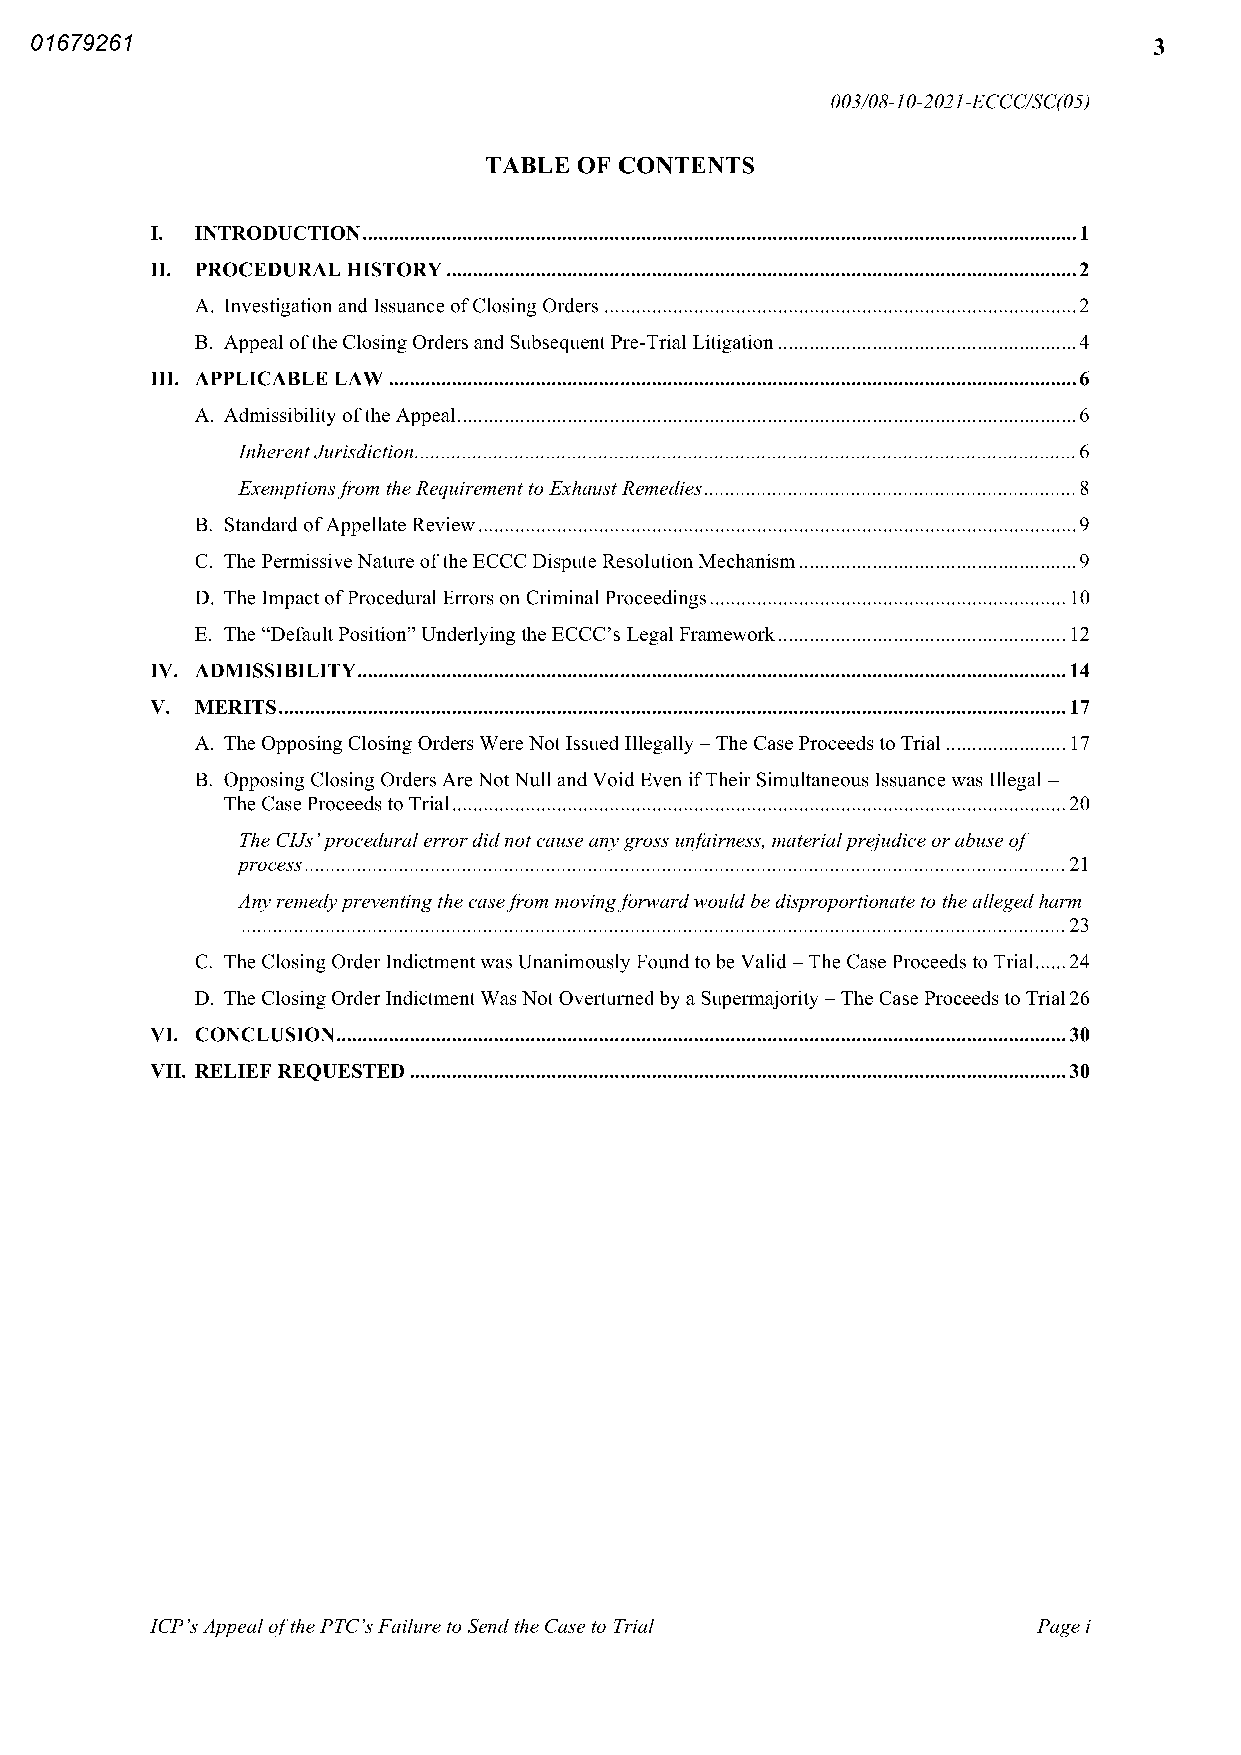
ERN>01679261</ERN>                                                        3
 003 08 10 2021 ECCCSC 05
 TABLE OF CONTENTS
 I  INTRODUCTION                                               1
 II PROCEDURAL HISTORY                                        2
 A Investigationand Issuance ofClosing Orders              2
 B Appeal ofthe ClosingOrders and SubsequentPre Trial Litigation 4
 III APPLICABLE LAW                                           6
 A Admissibility oftheAppeal                               6
 InherentJurisdiction                                   6
 Exemptionsfrom theRequirementtoExhaustRemedies          8
 B Standard ofAppellate Review                             9
 C The PermissiveNature oftheECCC Dispute ResolutionMechanism 9
 D The ImpactofProcedural Errors on Criminal Proceedings   10
 E The “DefaultPosition” Underlying the ECCC’s Legal Framework 12
 IV ADMISSIBILITY                                             14
 V  MERITS                                                    17
 A The Opposing Closing Orders WereNotIssuedIllegally The Case Proceeds to Trial 17
 B Opposing Closing OrdersAreNotNull andVoidEven ifTheir Simultaneous Issuance was Illegal
 The CaseProceeds to Trial                               20
 The CIJs’proceduralerrordidnotcauseanygross unfairness materialprejudiceorabuseof
 process                                                21
 Anyremedypreventingthecasefrom movingforwardwouldbedisproportionate to theallegedharm
 23
 C The ClosingOrderIndictmentwas Unanimously Foundto be Valid The Case Proceeds to Trial 24
 D The ClosingOrderIndictmentWasNotOverturnedbya Supermajority The Case Proceeds to Trial26
 VI CONCLUSION                                                30
 VII RELIEF REQUESTED                                         30
 ICP’sAppealofthePTC’sFailure to Sendthe Case to Trial      Page i